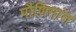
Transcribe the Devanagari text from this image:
पौणिमांत